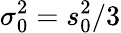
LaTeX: \sigma_{0}^{2}=s_{0}^{2}/3